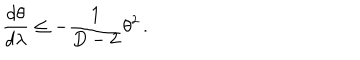
LaTeX: \frac { d \theta } { d \lambda } \leq - \frac { 1 } { D - 2 } \theta ^ { 2 } \, .